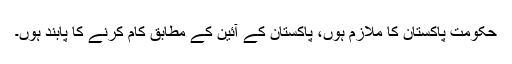
حکومت پاکستان کا ملازم ہوں، پاکستان کے آئین کے مطابق کام کرنے کا پابند ہوں۔